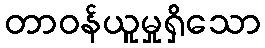
တာဝန်ယူမှုရှိသော